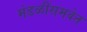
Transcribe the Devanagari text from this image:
मंडळींसमवेत